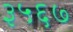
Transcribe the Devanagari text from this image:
३५६७